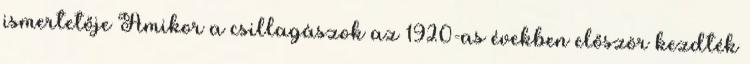
ismertetője Amikor a csillagászok az 1920-as években először kezdték